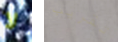
لا تقريب